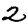
Digit: 2